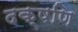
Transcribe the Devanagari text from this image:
दक्षणि